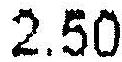
2.50